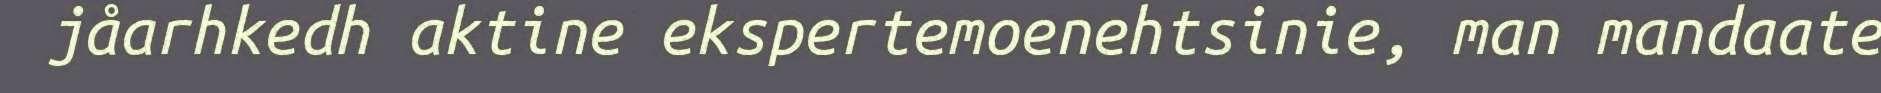
jåarhkedh aktine ekspertemoenehtsinie, man mandaate